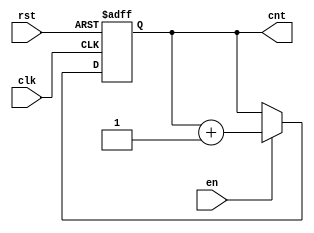
module IncrementalCounter (
    input wire clk,     // Clock signal
    input wire en,      // Enable signal
    input wire rst,     // Reset signal
    output reg [7:0] cnt // 8-bit counter output
);

    // Initial value for the counter
    initial begin
        cnt = 8'b0; // Start from 0
    end

    // Always block triggered on the rising edge of the clock
    always @(posedge clk or posedge rst) begin
        if (rst) begin
            // Reset the counter to 0
            cnt <= 8'b0;
        end else if (en) begin
            // Increment the counter
            cnt <= cnt + 1;
        end
        // If en is low, the counter retains its value
    end

endmodule